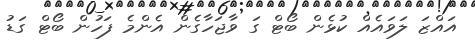
އައްޒަ ލަވައެއް ކުޅެން ބޯޓް ގަ ވާޖަހާގެން އެންމެ ފަހުން ބޯޓް ގަޑު